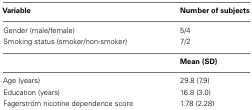
| Variable | Number of subjects |
 | --- | --- |
 | Gender (male/female) | 5/4 |
 | Smoking status (smoker/non-smoker) | 7/2 |
 |  | Mean (SD) |
 | Age (years) | 29.8 (7.9) |
 | Education (years) | 16.8 (3.0) |
 | Fagerström nicotine dependence score | 1.78 (2.28) |